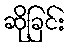
ဆိုခြင်း